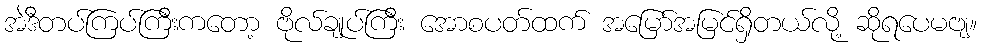
အဲဒီတပ်ကြပ်ကြီးကတော့ ဗိုလ်ချုပ်ကြီး အောစပတ်ထက် အမြော်အမြင်ရှိတယ်လို့ ဆိုရပေမဗျ။